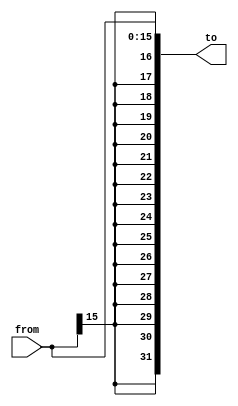
module SignExtend16To32(
    from,
    to
);
    input wire [15:0] from;
    output wire [31:0] to;

    assign to = {
        from[15],
        from[15],
        from[15],
        from[15],
        from[15],
        from[15],
        from[15],
        from[15],
        from[15],
        from[15],
        from[15],
        from[15],
        from[15],
        from[15],
        from[15],
        from[15],
        from
    };
endmodule